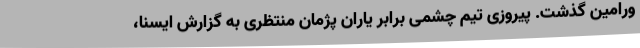
ورامین گذشت. پیروزی تیم چشمی برابر یاران پژمان منتظری به گزارش ایسنا،